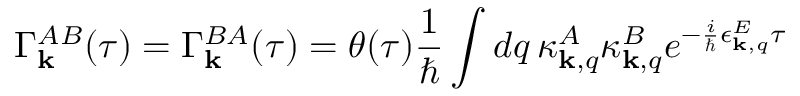
\Gamma _ { \bf k } ^ { A B } ( \tau ) = \Gamma _ { \bf k } ^ { B A } ( \tau ) = \theta ( \tau ) \frac { 1 } { \hbar } \int d q \, \kappa _ { { \bf k } , q } ^ { A } \kappa _ { { \bf k } , q } ^ { B } e ^ { - \frac { i } { \hbar } \epsilon _ { { \bf k } , q } ^ { E } \tau }